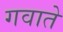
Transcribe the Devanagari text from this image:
गवाते